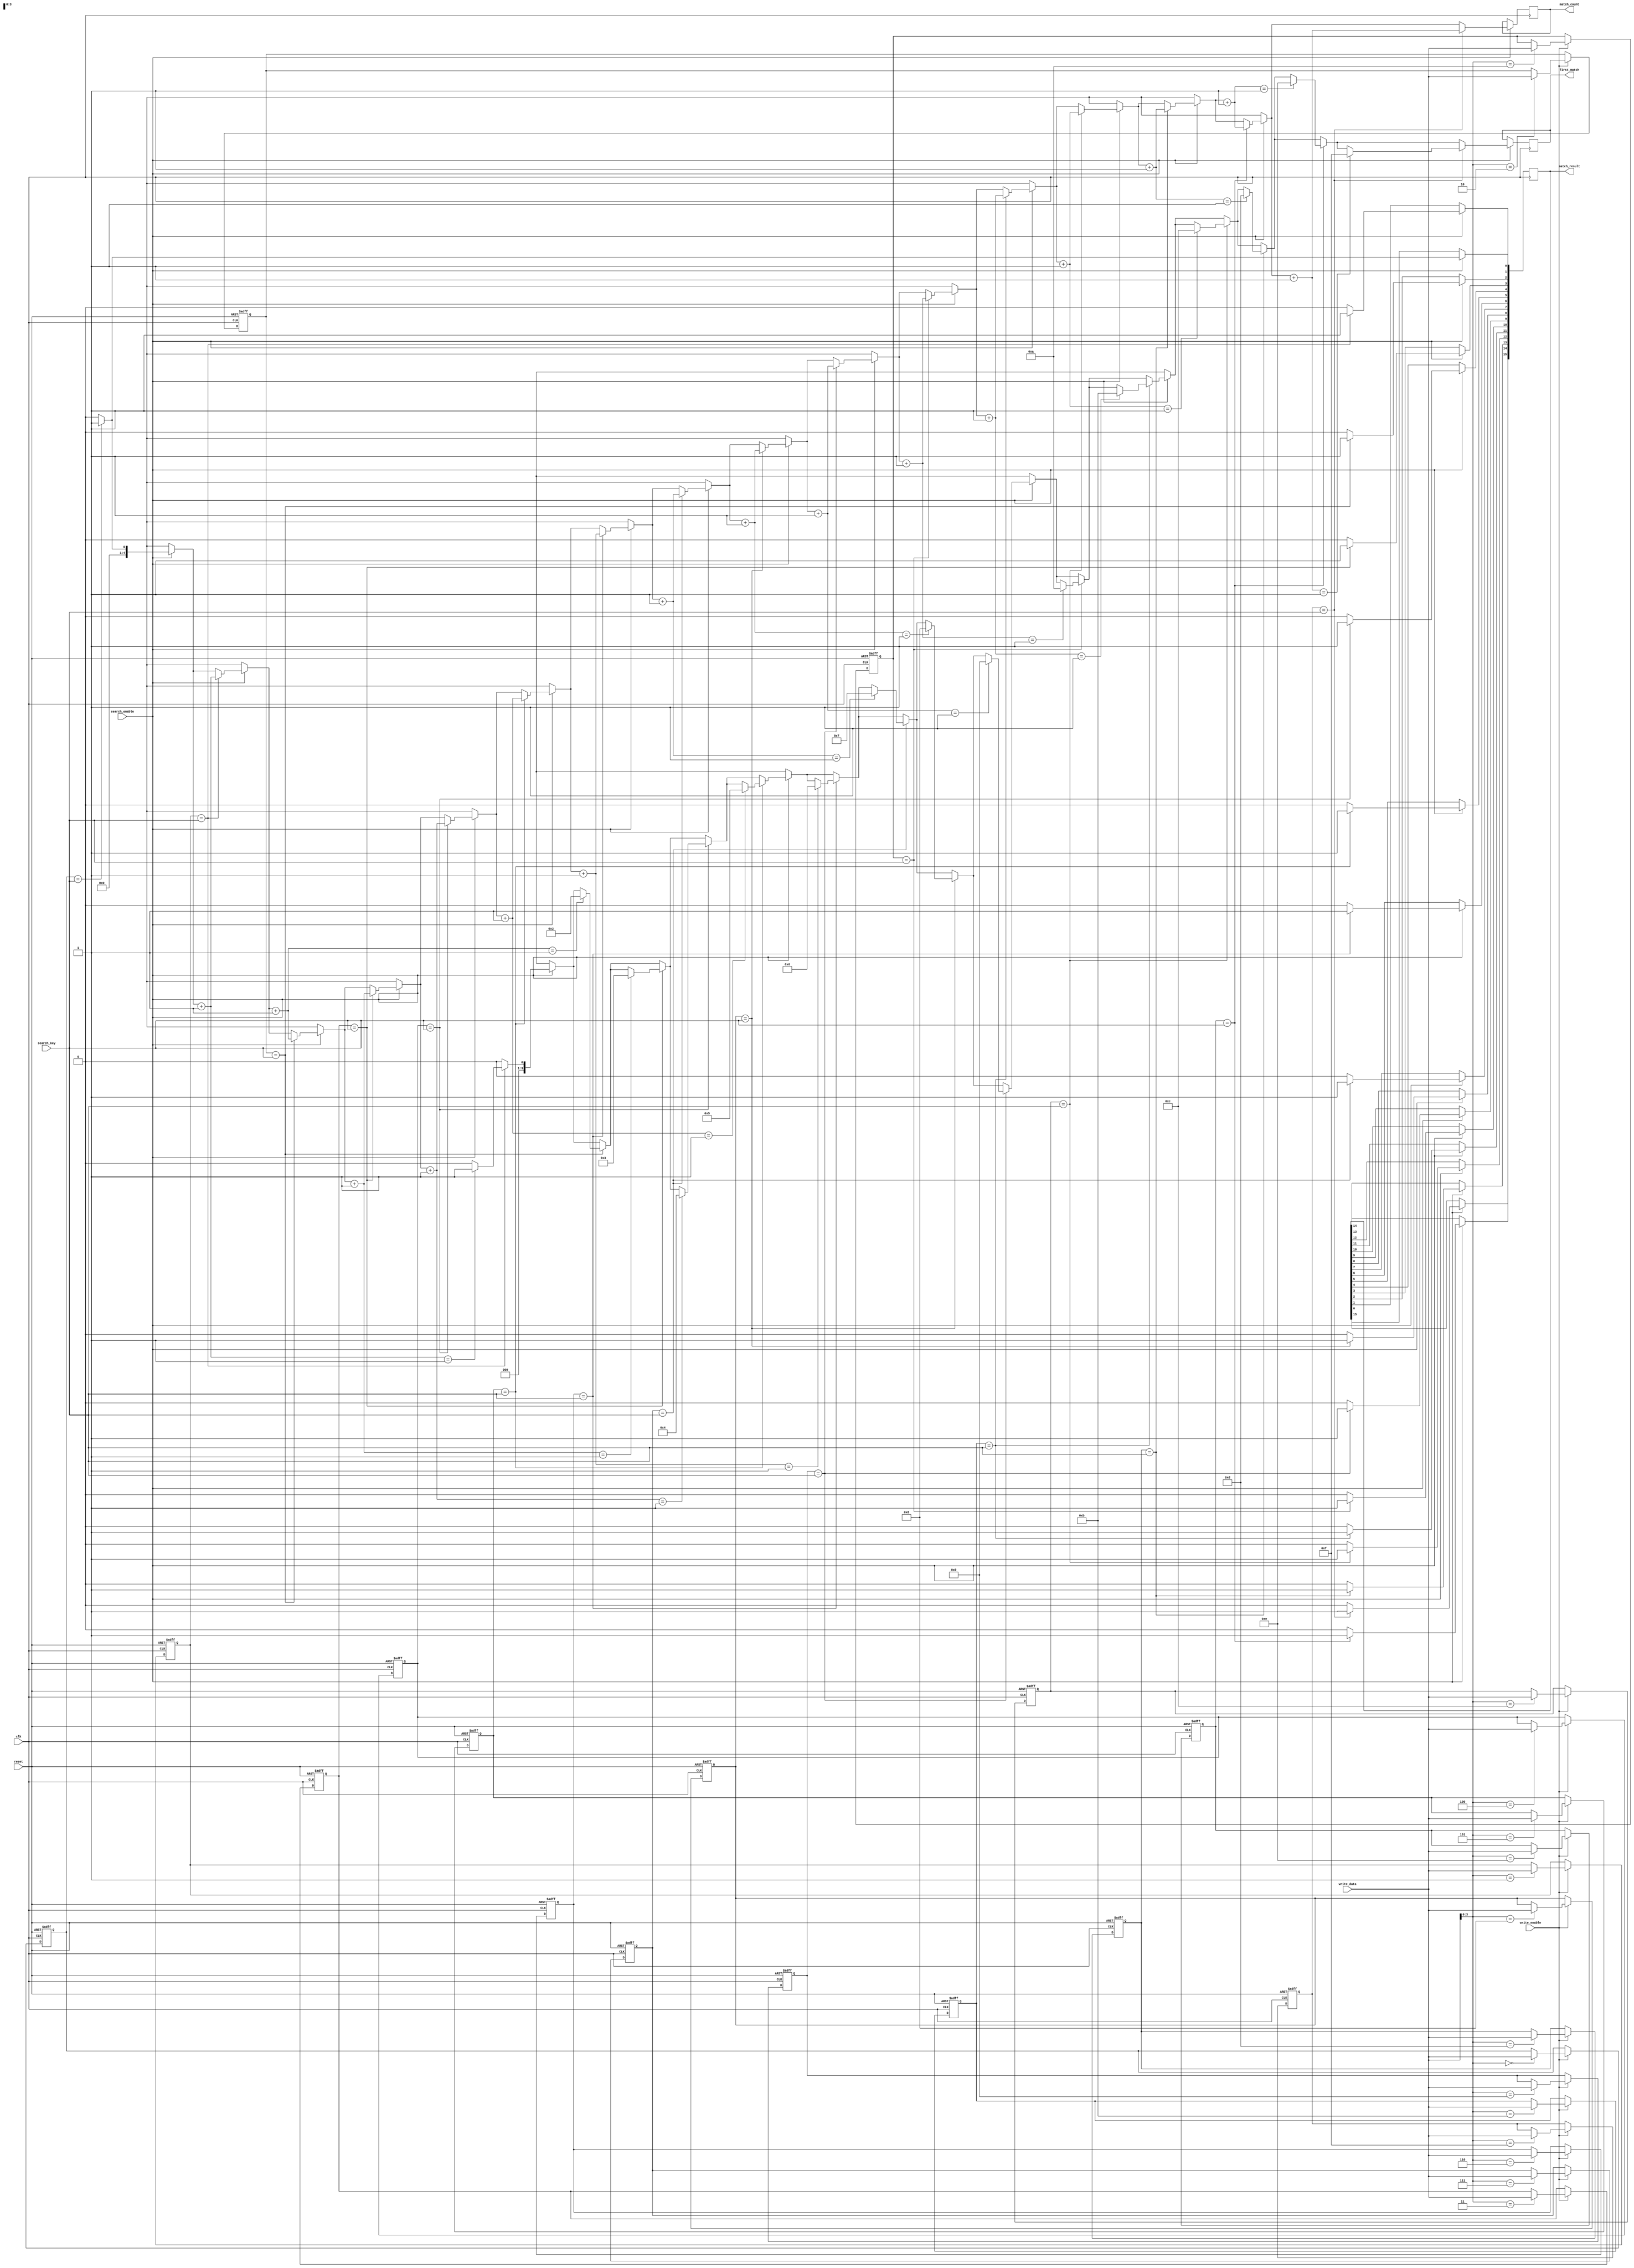
module bcam #(
    parameter N = 16, // Number of entries
    parameter W = 8    // Width of each entry
)(
    input wire clk,
    input wire reset,
    input wire [W-1:0] search_key,
    input wire [W-1:0] write_data,
    input wire write_enable,
    input wire search_enable,
    output reg [N-1:0] match_result, // Match result indicating which entries match
    output reg [clog2(N)-1:0] first_match, // Address of the first match
    output reg [clog2(N):0] match_count // Total number of matches
);

// Memory array
reg [W-1:0] memory [0:N-1];

// Internal signals
reg [N-1:0] match_signals;
integer i;

// Function to calculate log2
function integer clog2;
    input integer value;
    begin
        value = value - 1;
        for (clog2 = 0; value > 0; clog2 = clog2 + 1)
            value = value >> 1;
    end
endfunction

// Write operation
always @(posedge clk or posedge reset) begin
    if (reset) begin
        // Initialize memory to zero
        for (i = 0; i < N; i = i + 1) begin
            memory[i] <= {W{1'b0}};
        end
    end else if (write_enable) begin
        // Write data to the memory
        memory[write_data[clog2(N)-1:0]] <= write_data;
    end
end

// Search operation
always @(posedge clk) begin
    if (search_enable) begin
        match_signals = 0; // Clear match signals
        match_count = 0;   // Reset match count
        first_match = 0;   // Reset first match address

        for (i = 0; i < N; i = i + 1) begin
            if (memory[i] == search_key) begin
                match_signals[i] = 1; // Set match signal for this entry
                match_count = match_count + 1; // Increment match count
                if (match_count == 1) begin
                    first_match = i; // Store the first match address
                end
            end
        end
    end
end

// Output match result
always @(*) begin
    match_result = match_signals; // Output match signals
end

endmodule